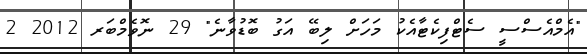
"އެމްއެސްސީ ސެޓްފިކެޓާއެކު މަހަށް ލިބޭ އަގު ބޮޑުވާނެ" 29 ނޮވެމްބަރ 2012 2